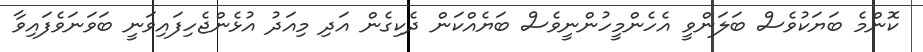
ކޮންމެ ބަޔަކުވެސް ބަލަންވީ އެހެންމީހުންނީވެސް ބަޔެއްކަން ދެކިގެން އަދި މިއަދު އުޅެންޖެހިފައިވަނީ ބަވަނަވެފައިވާ